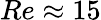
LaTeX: Re\approx 15